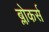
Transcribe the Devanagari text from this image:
ब्लोकर्स